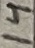
Text: 14